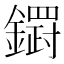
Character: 𮣓